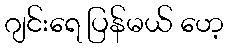
ဂျင်းရေ ပြန်မယ် ဟေ့